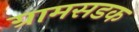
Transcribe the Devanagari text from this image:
ग्रामसडक